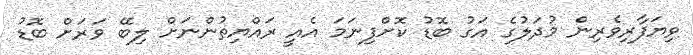
ވިޔަފާރިވެރިން މުދަލުގެ އަގު ބޮޑު ކޮށްފިނަމަ އެއީ ރައްޔިތުންނަށް ލިބޭ ވަރަށް ބޮޑު